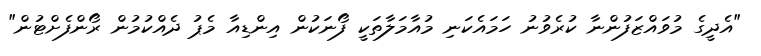
"އެދީގެ މުވައްޒަފުންނާ ކުރެވުނު ހަމައެކަނި މުއާމަލާތަކީ ފޯނަކުން އިންޑިއާ މެޕު ދެއްކުމުން ރޯންފެށްޓުން"